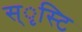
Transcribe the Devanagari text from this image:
स्ृस्टि